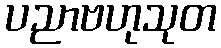
ပညာဗဟုသုတ